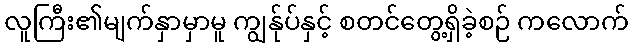
လူကြီး၏မျက်နှာမှာမူ ကျွန်ုပ်နှင့် စတင်တွေ့ရှိခဲ့စဉ် ကလောက်